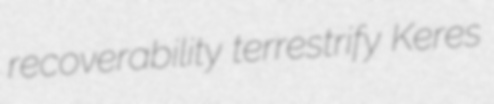
recoverability terrestrify Keres